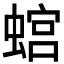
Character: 𧎡